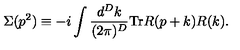
\Sigma ( p ^ { 2 } ) \equiv - i \int \frac { d ^ { D } k } { ( 2 \pi ) ^ { D } } \mathrm { T r } R ( p + k ) R ( k ) .